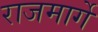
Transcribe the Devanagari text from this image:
राजमार्गे